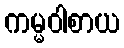
ကမ္မဝါစာယ